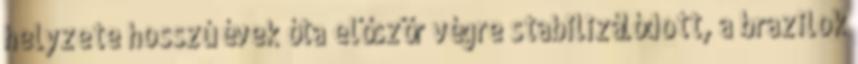
helyzete hosszú évek óta először végre stabilizálódott, a brazilok